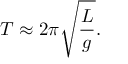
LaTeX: T \approx 2 \pi { \sqrt { \frac { L } { g } } } .